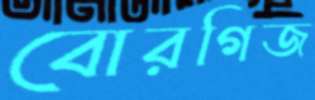
বোরগিজ